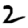
Digit: 2